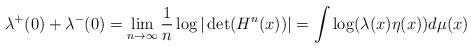
LaTeX: \begin{align*}\lambda\sp+(0)+\lambda\sp-(0)=\lim_{n\to\infty}\frac{1}{n}\log|\det(H\sp n(x))|=\int\log(\lambda(x)\eta(x))d\mu(x)\end{align*}